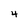
Character: 4